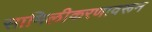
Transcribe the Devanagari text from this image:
सामिलीकरणावरून